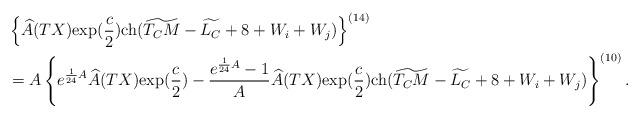
LaTeX: \begin{align*}&\left\{\widehat{A}(TX){\rm exp}(\frac{c}{2}){\rm ch}(\widetilde{T_CM}-\widetilde{L_C}+8+W_i+W_j)\right\}^{(14)}\\&=A\left\{e^{\frac{1}{24}A}\widehat{A}(TX){\rm exp}(\frac{c}{2})-\frac{e^{\frac{1}{24}A}-1}{A}\widehat{A}(TX){\rm exp}(\frac{c}{2}){\rm ch}(\widetilde{T_CM}-\widetilde{L_C}+8+W_i+W_j)\right\}^{(10)}. \end{align*}